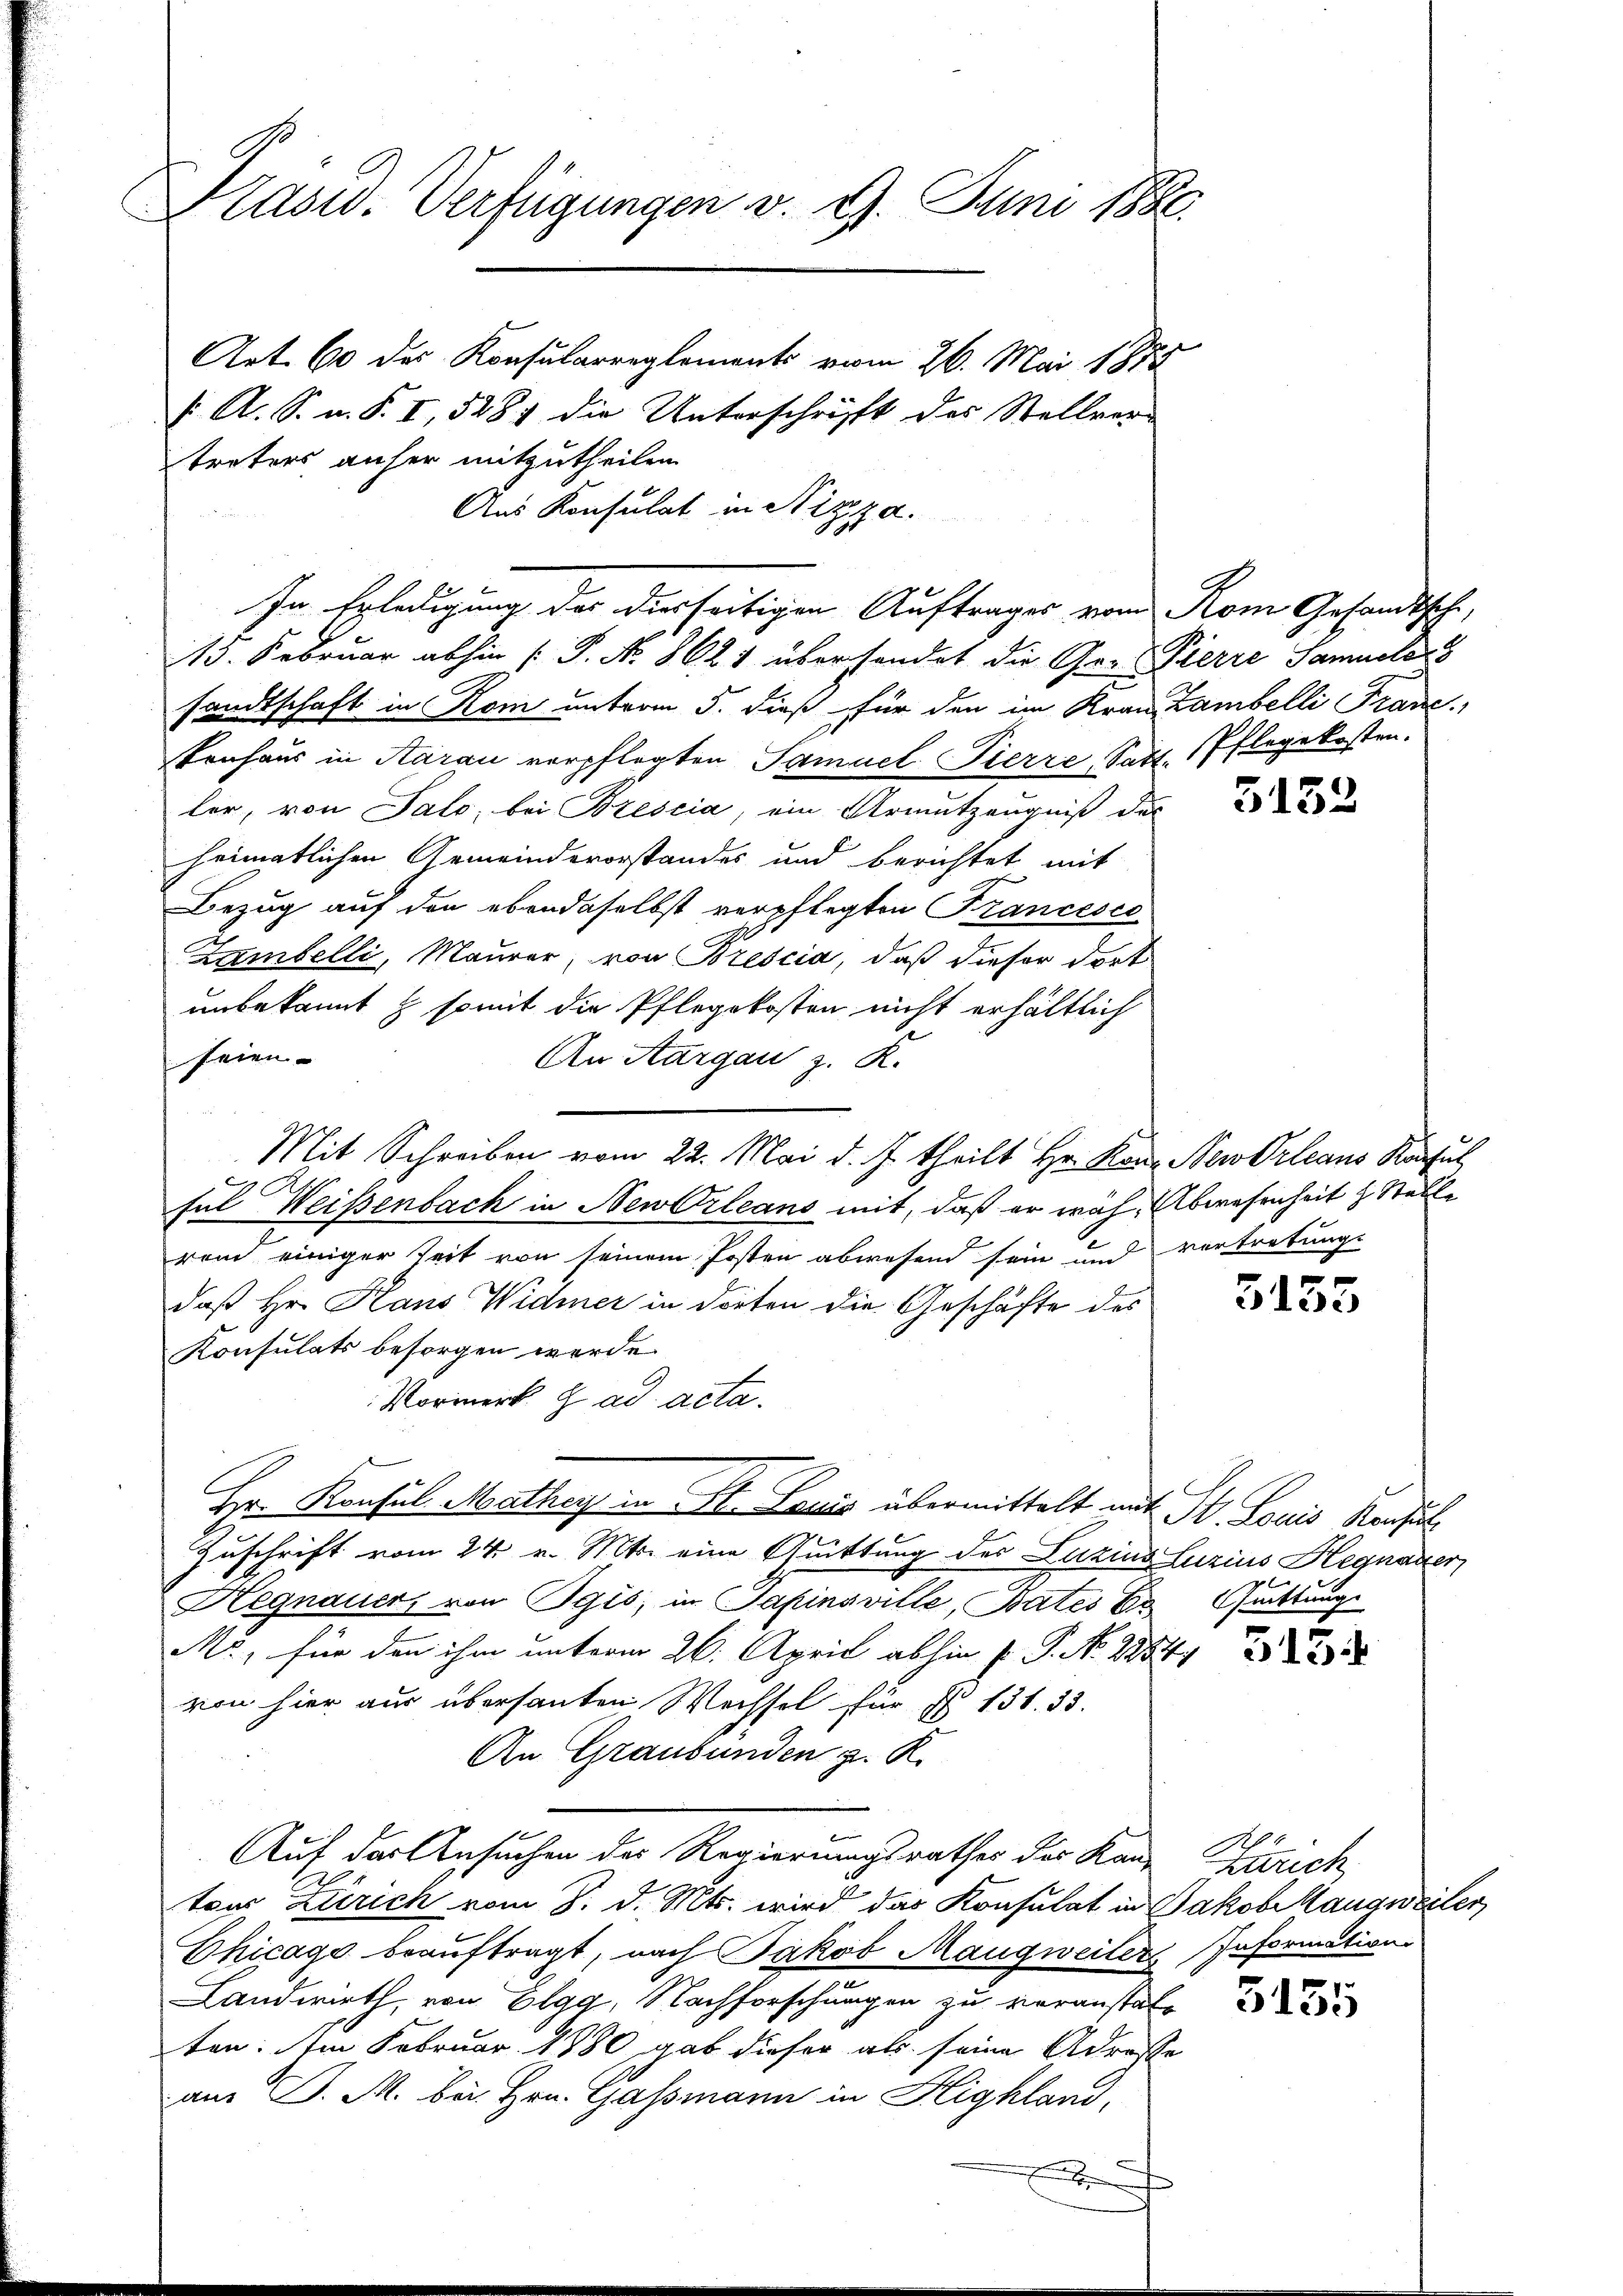
Präsid. Verfügungen v. 9. Juni 1886.
Art. 60 des Konsularreglements vom 26. Mai 1874
 A. S. u. S. I, 5281 die Unterschrifft der Stellver-
treters anher mitzutheilen.

Aus Konsulat in Nizza.
15. Februar abhin [P. No. 8621 übersendet die Ge- Pierre Samuelas
sandtschaft in Rom unterm 5. dieß für den im Krau Lambelli Franc
tenhaus in Aarau verpflegten Samuel Tierre, Satt, Pflegekosten.
ler, von Salo, bei Brescia, ein Urmutzeugniß des
heimatlichen Gemeindevorstandes und berichtet mit
Bezug auf den ebendaselbst verpflegten Francesco
Zambelli, Maurer, von Brescia, daß dieser dort
unbekannt & somit die Pflegekosten nicht erhältlich
seien.
An Aargau z. R.
Mit Schreiben vom 22. Mai d. J. theilt Hr. Kon NewOrleans Konsul
Ful Weisenbach in NewOrleans mit, daß er wahr Abwesenheit z. Stelle
rem einiger Zeit von seinem Posten abwesend sein und vertretungs
daß Hr. Hans Widmer in dorten die Geschäfte des
Konsulats besorgen werde.
Vormerk z ad acta.
Hr. Konsul Mathey in St. Louis übermittelt mit St. Louis Konsul
Zuschrift vom 24. v. Mts. eine Quittung des Luzins Luzius Hegnauer
Hegnauer, von Pgis, in Sapinsville, Bates E. Guittung
M., für den ihm unterm 26. April abhin P. P. No. 28841
von hier aus übersanten Wechsel für § 131. 33.
An Graubünden z. R.
Auf der Ansuchen des Regierungsrathes des Kan-
ton Zürich vom 8. d. Mts. wird das Konsulat in Jakobikangweiler
Dhicago beauftragt, nach Jakob Maugweiler Information
e
Landwirth, von Elgg, Nachforschungen zu veranstatten: Im Februar 1880 gab dieser als seine Adresse
am J. M. bei Hrn. Gassmann in Highland,
x

In Erledigung des diesseitigen Auftrages vom Rom Gesandtsche,

5152

5155

Zürich,

5155